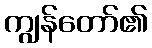
ကျွန်တော်၏